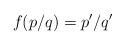
LaTeX: \begin{align*}f(p/q)=p^{\prime}/q^{\prime}\end{align*}